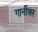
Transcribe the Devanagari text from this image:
गार्नीअर